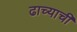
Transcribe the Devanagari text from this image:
ढाच्याची